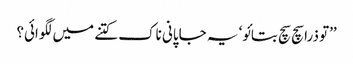
’’تو ذرا سچ سچ بتائو‘ یہ جاپانی ناک کتنے میں لگوائی؟